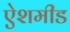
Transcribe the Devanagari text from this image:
ऐशमीड